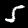
Digit: 5